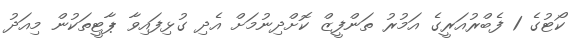
ކޯޓުގެ 1 ފެބްރުއަރީގެ އަމުރު ތަންފީޒް ކޮށްދިނުމަށް އެދި ގުޅިފައިވާ ޕާޓީތަކުން މިއަދު